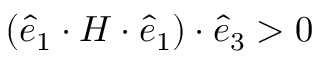
( \boldsymbol { \hat { e } } _ { 1 } \cdot \boldsymbol { H } \cdot \boldsymbol { \hat { e } } _ { 1 } ) \cdot \boldsymbol { \hat { e } } _ { 3 } > 0